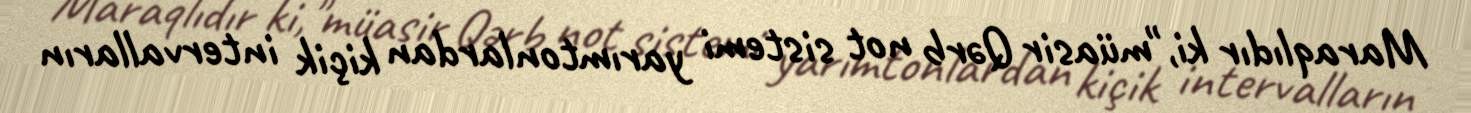
Maraqlıdır ki,"müasir Qərb not sistemi yarımtonlardan kiçik intervalların